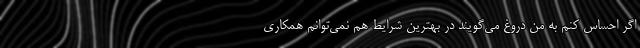
اگر احساس کنم به من دروغ می‌گویند در بهترین شرایط هم نمی‌توانم همکاری